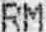
RM